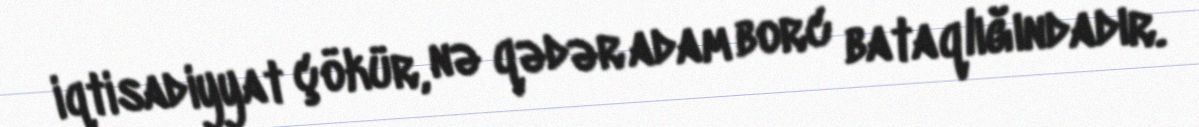
iqtisadiyyat çökür, nə qədər adam borc bataqlığındadır.